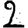
Digit: 2